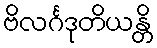
ဗိလင်္ဂဒုတိယန္တိ